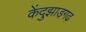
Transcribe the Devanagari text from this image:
केंदुझाड़गढ़